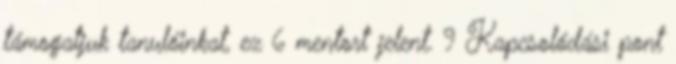
támogatjuk tanulóinkat, ez 6 mentort jelent. 9 Kapcsolódási pont